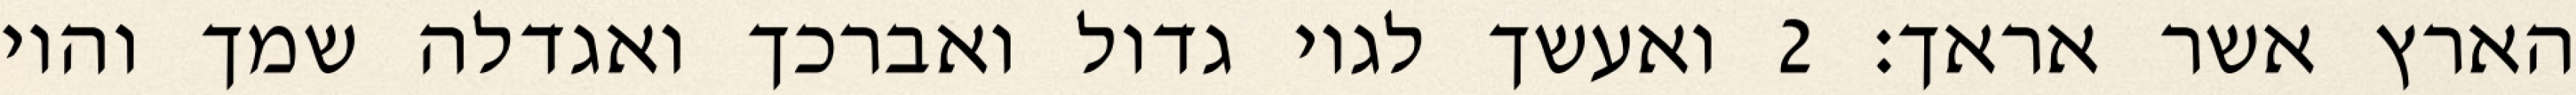
הארץ אשר אראך׃ ‎2‏ ואעשך לגוי גדול ואברכך ואגדלה שמך והוי